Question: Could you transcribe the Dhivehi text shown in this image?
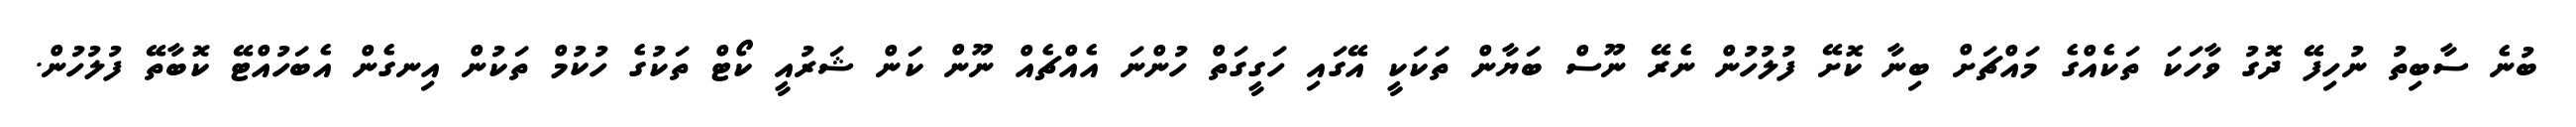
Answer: ބުނެ ސާބިތު ނުހިފޭ ދޮގު ވާހަކަ ތަކެއްގެ މައްޗަށް ބިނާ ކޮށޭ ފުލުހުން ނެރޭ ނޫސް ބަޔާން ތަކަކީ އޭގައި ހަގީގަތް ހުންނަ އެއްޗެއް ނޫން ކަން ޝަރުއީ ކޯޓް ތަކުގެ ހުކުމް ތަކުން އިނގެން އެބަހުއްޓޭ ކޮބާތޭ ފުލުހުން.